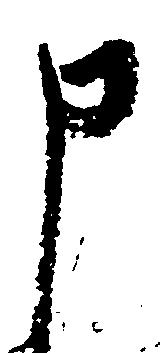
申